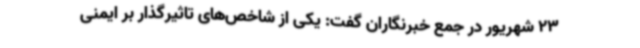
23 شهریور در جمع خبرنگاران گفت: یکی از شاخص‌های تاثیرگذار بر ایمنی